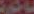
باكورة